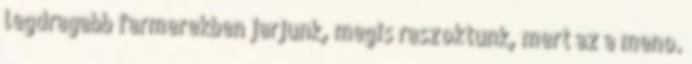
legdragabb farmerekben jarjunk, megis raszoktunk, mert az a meno.